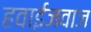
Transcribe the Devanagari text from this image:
हवाईजवाज